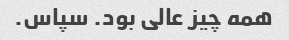
همه چیز عالی بود. سپاس.